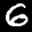
Label: 6